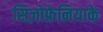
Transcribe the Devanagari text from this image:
सिज़ोफ्रेनियाके